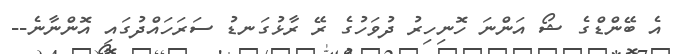
އެ ބޭންޑްގެ ޝޯ އަންނަ ހޮނިހިރު ދުވަހުގެ ރޭ ރާޅުގަނޑު ސަރަހައްދުގައި އޮންނާނެ--